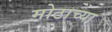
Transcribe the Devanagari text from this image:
मोठाच्या